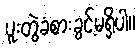
ပူးတွဲခံစားခွင့်မရှိပါ။